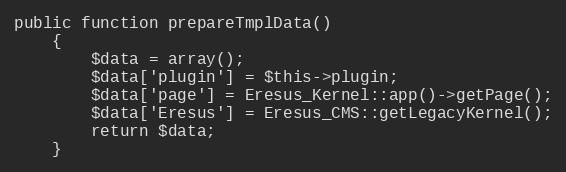
Language: PHP
public function prepareTmplData()
	{
		$data = array();
		$data['plugin'] = $this->plugin;
		$data['page'] = Eresus_Kernel::app()->getPage();
		$data['Eresus'] = Eresus_CMS::getLegacyKernel();
		return $data;
	}